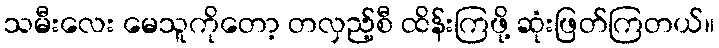
သမီးလေး မေသူကိုတော့ တလှည့်စီ ထိန်းကြဖို့ ဆုံးဖြတ်ကြတယ်။